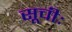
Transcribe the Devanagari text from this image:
सूचीः